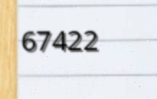
67422